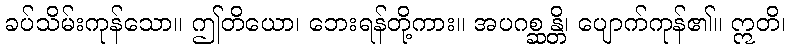
ခပ်သိမ်းကုန်သော။ ဤတိယော၊ ဘေးရန်တို့ကား။ အပဂစ္ဆန္တိ၊ ပျောက်ကုန်၏။ ဣတိ၊